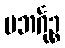
ပဘင်္ဂုဉ္စ